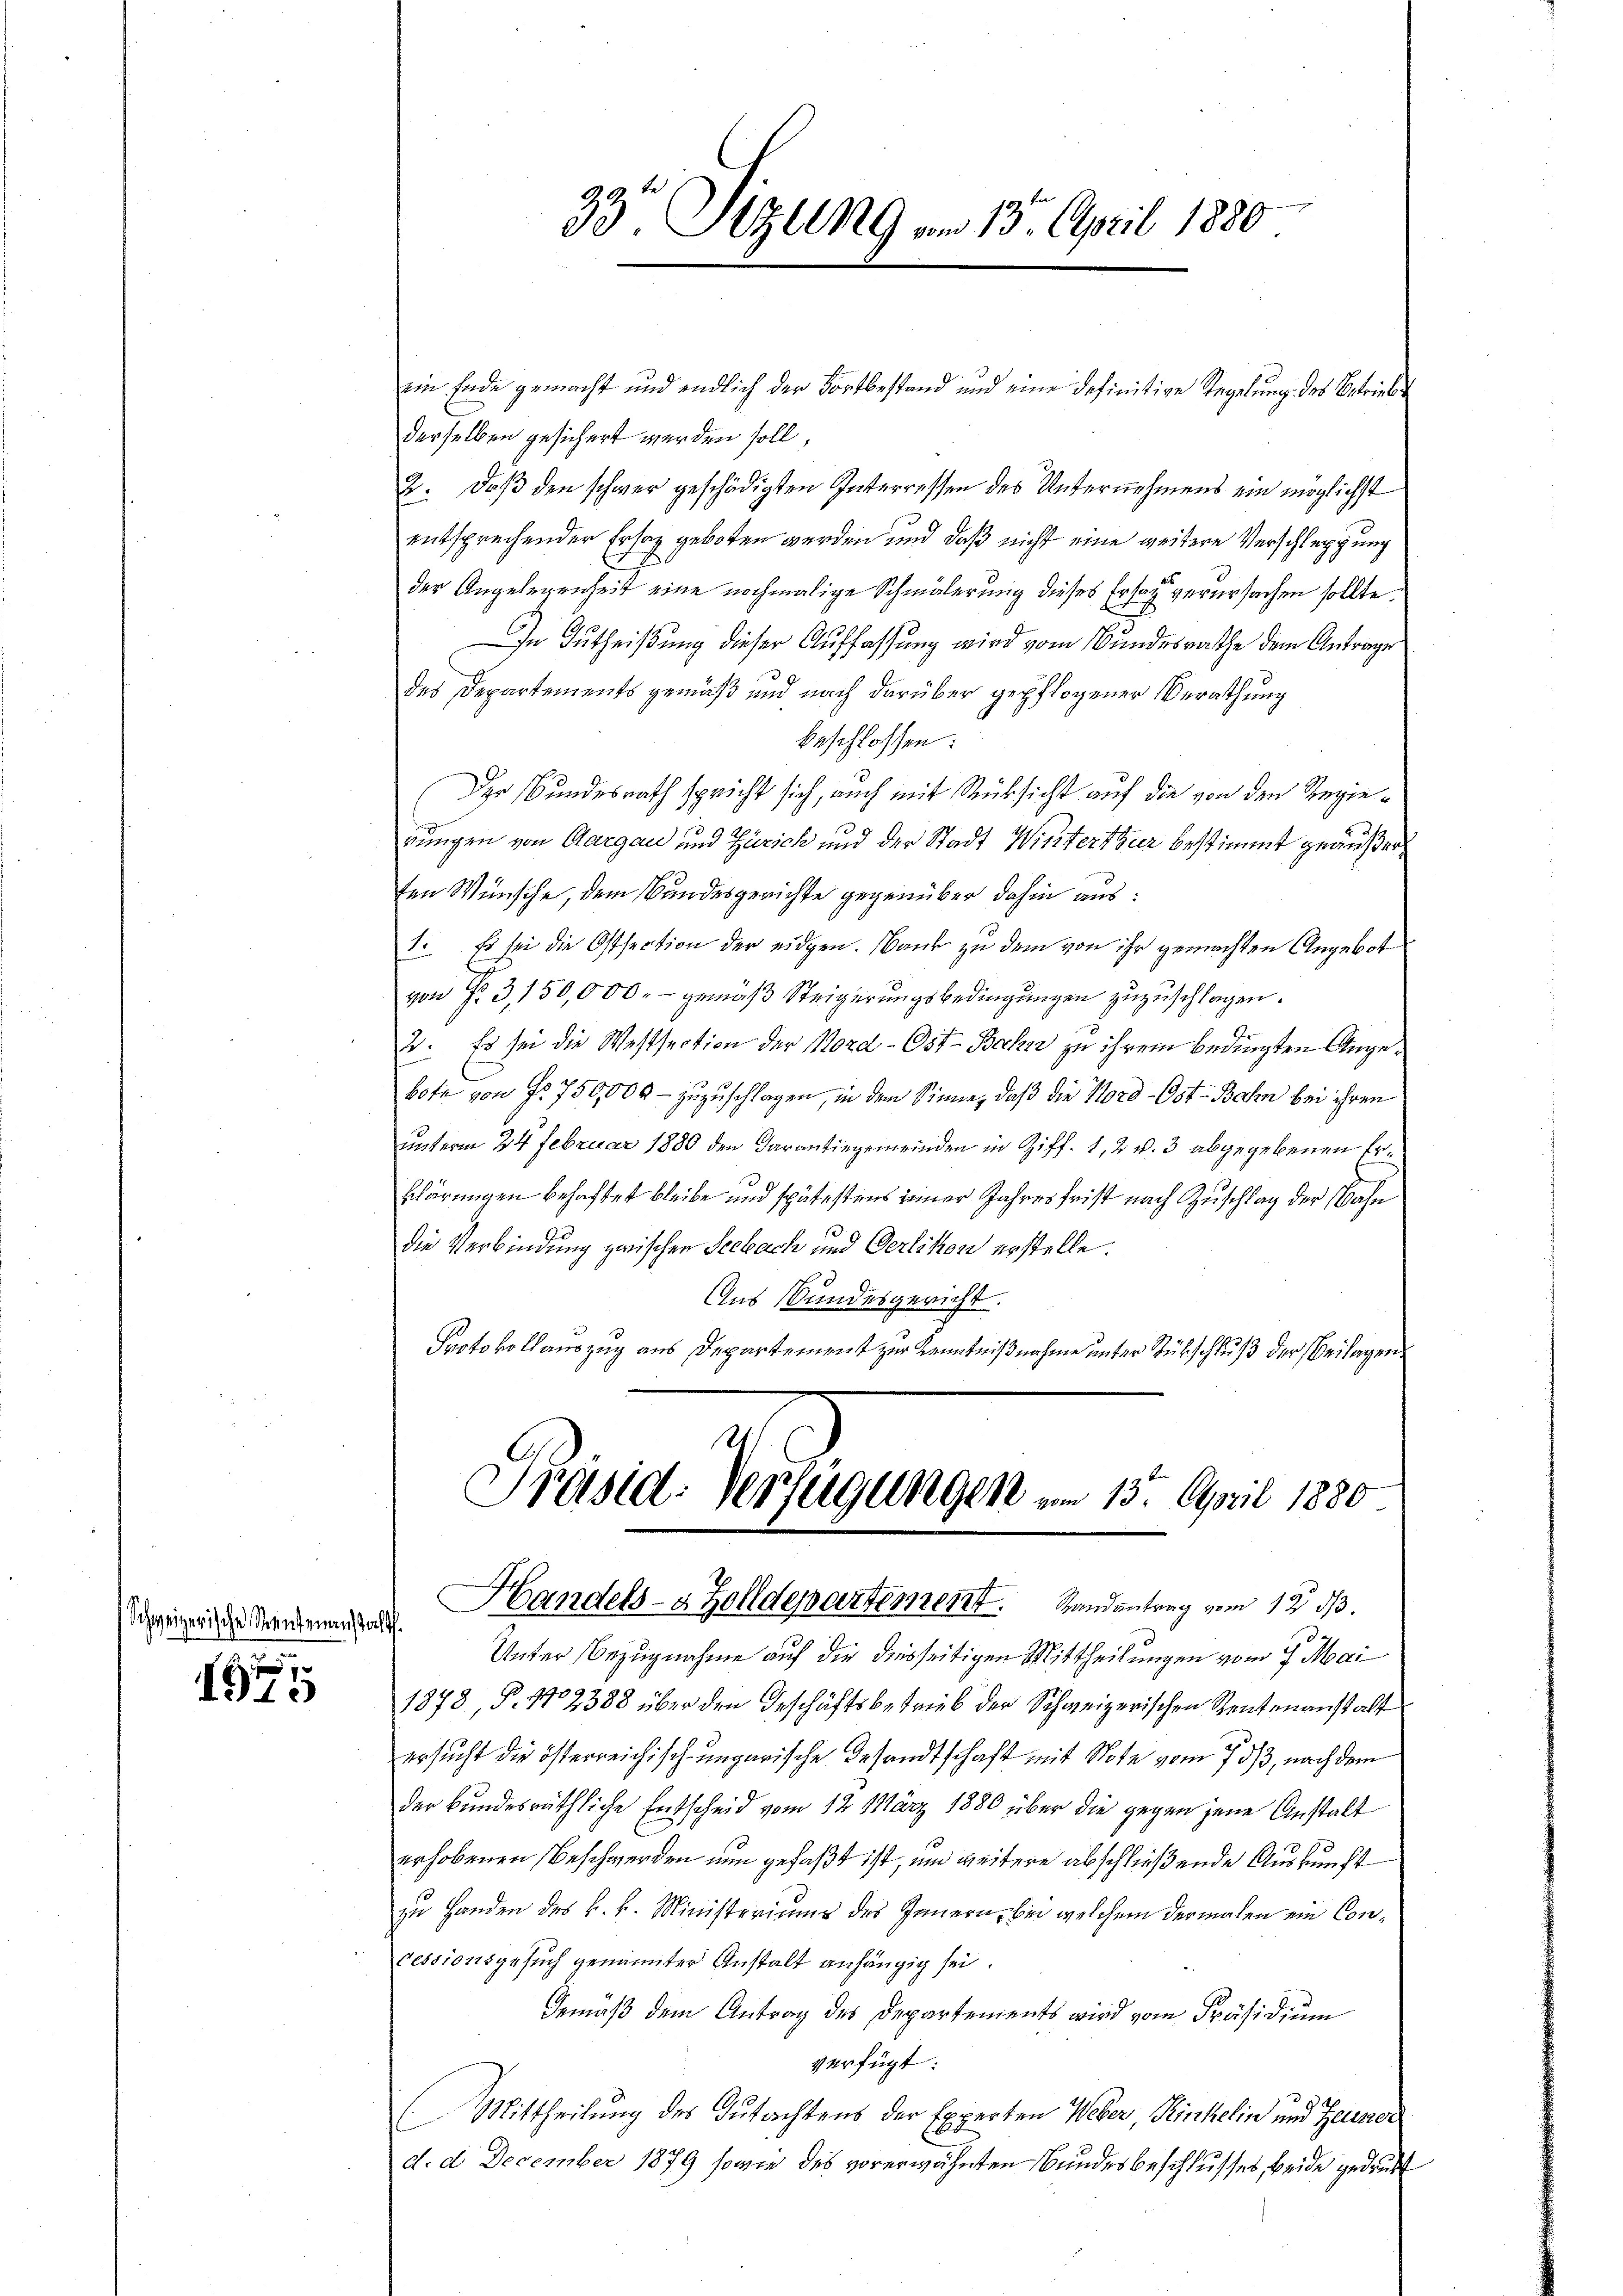
Schweizerische Strautenanstalt.

g
I13

33. Sizung am 13. April 1880

Handels- & Zolldepartement. Randantrag vom 12. ds.

ein Ende gemacht und endlich der Fortbestand und eine definitive Regelung des Betriebe
derselben gesichert werden soll
2. Daß den schwer geschädigten Interressen des Unternehmens ein möglichst
entsprechender Ersatz geboten werden und daß nicht eine weitere Verschleppung
der Angelegenheit eine nochmalige Schmälerung dieses Ersatz verursachen sollte.
In Gutheißung dieser Auffassung wird vom Bundesrathe dem Antrage
des Departements gemäß und nach darüber gepflogener Berathung
beschlossen:
Der Bundesrath spricht sich, auch mit Rücksicht auf die von den Regierungen von Aargau und Zürich und der Stadt Winterthur bestimmt geäußerten Wünsche, dem Bundesgerichte gegenüber dahin aus:
1. Es sei die Ostsection der eidgen. Nank zu dem von ihr gemachten Angebot
von § 3, 150,000.- gemäß Steigerungsbedingungen zuzuschlagen.
2. Es sei die Westsection der Nord-Ost-Bahn zu ihrem bedingten Angebote von Fr. 750,000 - zuzuschlagen, in dem Sinne, daß die Nord-Ost-Bahn bei ihren
unterm 24. Februar 1880 den Darantiegemeinden in Ziff. 1, 2 v. 3 abgegebenen Erklärungen behaftet bleibe und spätestens seiner Jahresfrist nach Zuschlag der Bahn
die Verbindung zwischen Seebach und Oerlikon erstelle.
Aus Bundesgericht.
Protokollauszug aus Departement zur Kenntnißnahme unter Rückschluß der Beilagen
Präsid. Verfügungen am 13. April 1880.

Unter Bezugnahme auf die diesseitigen Mittheilungen vom 7. Mai
1878, P. No 2388 über den Geschäftsbetrieb der Schweizerischen Rentenanstalt
ersucht die österreichisch-ungarische Gesandtschaft mit Note vom 7. ds, nach dem
der Bundesräthliche Entscheid vom 12. März 1880 über die gegen jene Anstalt
erhobenen Beschwerden nun gefaßt ist, um weitere abschließende Auskunft
zu Handen des k. k. Ministeriums des Innern, bei welchem dermalen ein Concessionsgesuch genannter Anstalt anhängig sei.
Gemäß dem Antrag des Departements wird vom Präsidium
verfügt:
Mittheilung des Gutachtens der Experten Weber, Kinkelin und Zeuner
d. d. December 1879 sowie des vorerwähnten Bundesbeschlusses, beide gedruc